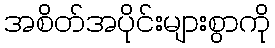
အစိတ်အပိုင်းများစွာကို